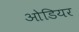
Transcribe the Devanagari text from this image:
ओडियर